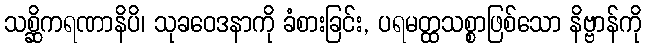
သစ္ဆိကရဏာနိပိ၊ သုခဝေဒနာကို ခံစားခြင်း, ပရမတ္ထသစ္စာဖြစ်သော နိဗ္ဗာန်ကို